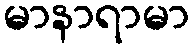
မာနာရာမာ